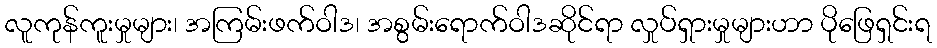
လူကုန်ကူးမှုများ၊ အကြမ်းဖက်ဝါဒ၊ အစွမ်းရောက်ဝါဒဆိုင်ရာ လှုပ်ရှားမှုများဟာ ပိုဖြေရှင်းရ